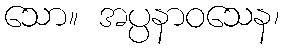
သော။ အပ္ပနာဝသေန၊